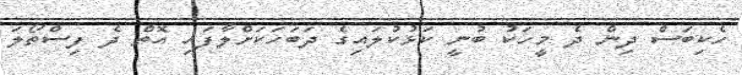
ހެކިބަސް ދިން ދެ މީހަކު ބުނީ ކަޅުކުލައިގެ ދަބަހަކަށްލާފައި އޮތް ދެ ފިސްތޯލަ